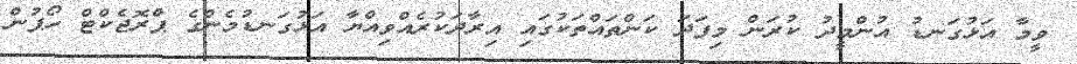
ވީމާ އަޅުގަނޑު އުންމީދު ކުރަން މިފަދަ ކަންތައްތަކުގައި އިރާދަކުރެއްވިއްޔާ އަޅުގަނޑުމެންގެ ޕްރޮޖެކްޓް ހޯޕުން